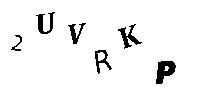
2UVRKP